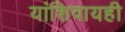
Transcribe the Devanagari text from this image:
यांशिवायही